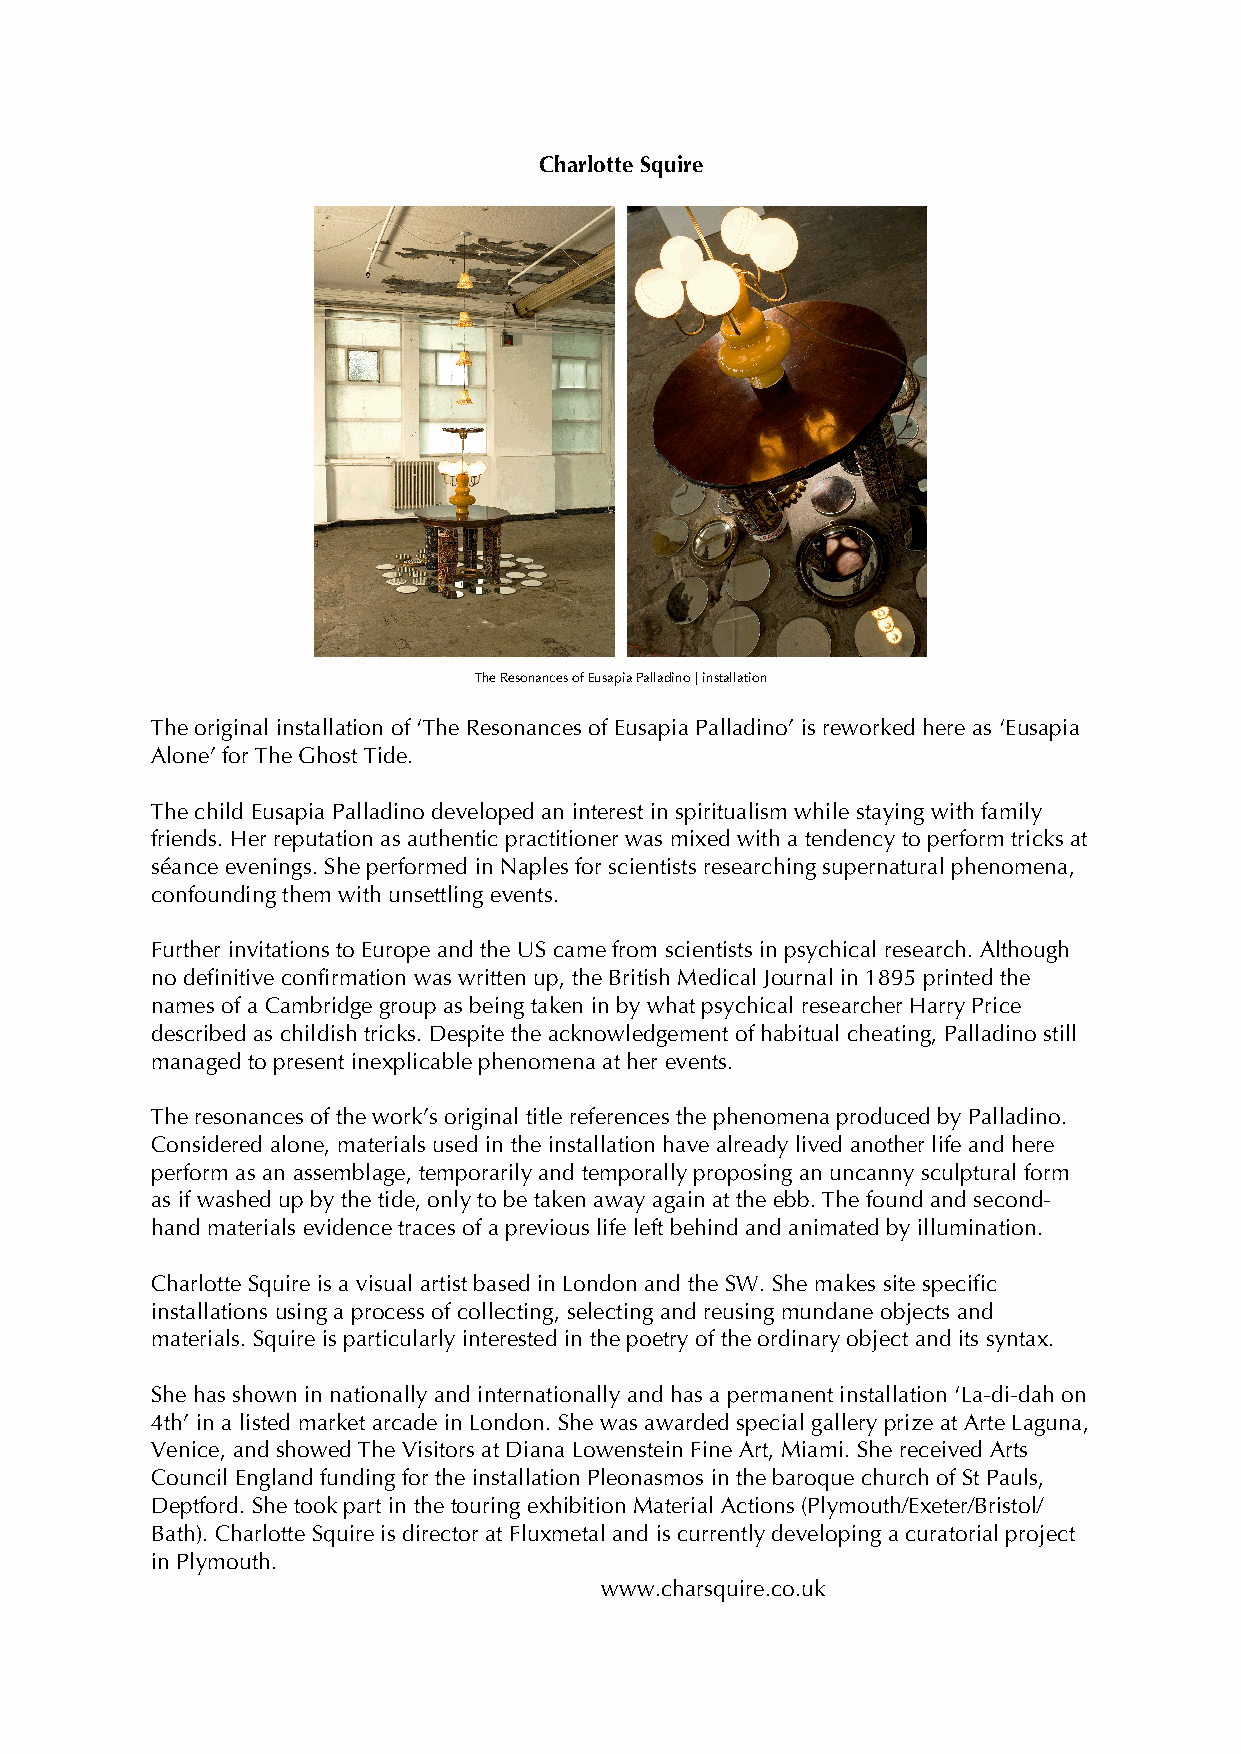
Charlotte Squire
 The Resonances of Eusapia Palladino | installation
 The original installation of ‘The Resonances of Eusapia Palladino’ is reworked here as ‘Eusapia
 Alone’ for The Ghost Tide.
 The child Eusapia Palladino developed an interest in spiritualism while staying with family
 friends. Her reputation as authentic practitioner was mixed with a tendency to perform tricks at
 séance evenings. She performed in Naples for scientists researching supernatural phenomena,
 confounding them with unsettling events.
 Further invitations to Europe and the US came from scientists in psychical research. Although
 no definitive confirmation was written up, the British Medical Journal in 1895 printed the
 names of a Cambridge group as being taken in by what psychical researcher Harry Price
 described as childish tricks. Despite the acknowledgement of habitual cheating, Palladino still
 managed to present inexplicable phenomena at her events.
 The resonances of the work’s original title references the phenomena produced by Palladino.
 Considered alone, materials used in the installation have already lived another life and here
 perform as an assemblage, temporarily and temporally proposing an uncanny sculptural form
 as if washed up by the tide, only to be taken away again at the ebb. The found and second-
 hand materials evidence traces of a previous life left behind and animated by illumination.
 Charlotte Squire is a visual artist based in London and the SW. She makes site specific
 installations using a process of collecting, selecting and reusing mundane objects and
 materials. Squire is particularly interested in the poetry of the ordinary object and its syntax.
 She has shown in nationally and internationally and has a permanent installation ‘La-di-dah on
 4th’ in a listed market arcade in London. She was awarded special gallery prize at Arte Laguna,
 Venice, and showed The Visitors at Diana Lowenstein Fine Art, Miami. She received Arts
 Council England funding for the installation Pleonasmos in the baroque church of St Pauls,
 Deptford. She took part in the touring exhibition Material Actions (Plymouth/Exeter/Bristol/
 Bath). Charlotte Squire is director at Fluxmetal and is currently developing a curatorial project
 in Plymouth.
 www.charsquire.co.uk